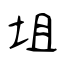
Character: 坥